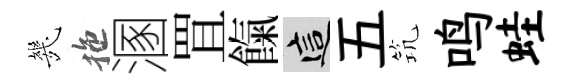
㡬拖溷罝餼這五𥬑鸣蛙